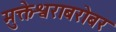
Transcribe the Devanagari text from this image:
मुक्तेश्वराबरोबर